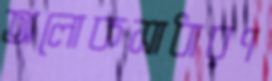
অলোকসাধারণ